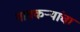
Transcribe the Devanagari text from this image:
गावकऱ्यांचा